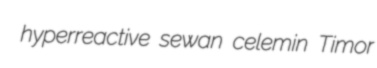
hyperreactive sewan celemin Timor